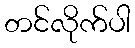
တင်လိုက်ပါ